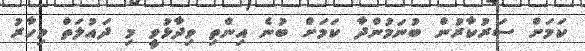
ކަމަށް ސަރުކާރުން ބުނަމުންދާ ކަމަށް ބުނެ އިންތި ވިދާޅުވީ މި ދައުލަތް މިހާރު